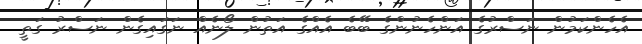
އެހެންކަމުން ނަސްރުގެ އަންހެނުންގެ ބޭބެ އެއްގެ އަތުން ލޯނެއް ނަގައިގެން ނަސްރު ގަތީ